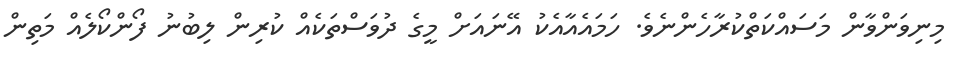
މިނިވަންވާން މަސައްކަތްކުރާހެންނެވެ. ހަމައެއާއެކު އޭނައަށް މީގެ ދުވަސްތަކެއް ކުރިން ލިބުނު ފޯންކޯލެއް މަތިން